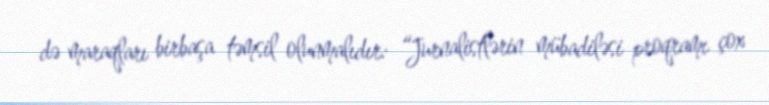
də maraqları birbaşa təmsil olunmalıdır: “Jurnalistlərin mübadiləsi proqramı çox